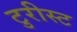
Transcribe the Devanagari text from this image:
टुरीस्ट